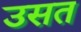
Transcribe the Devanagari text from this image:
उसत